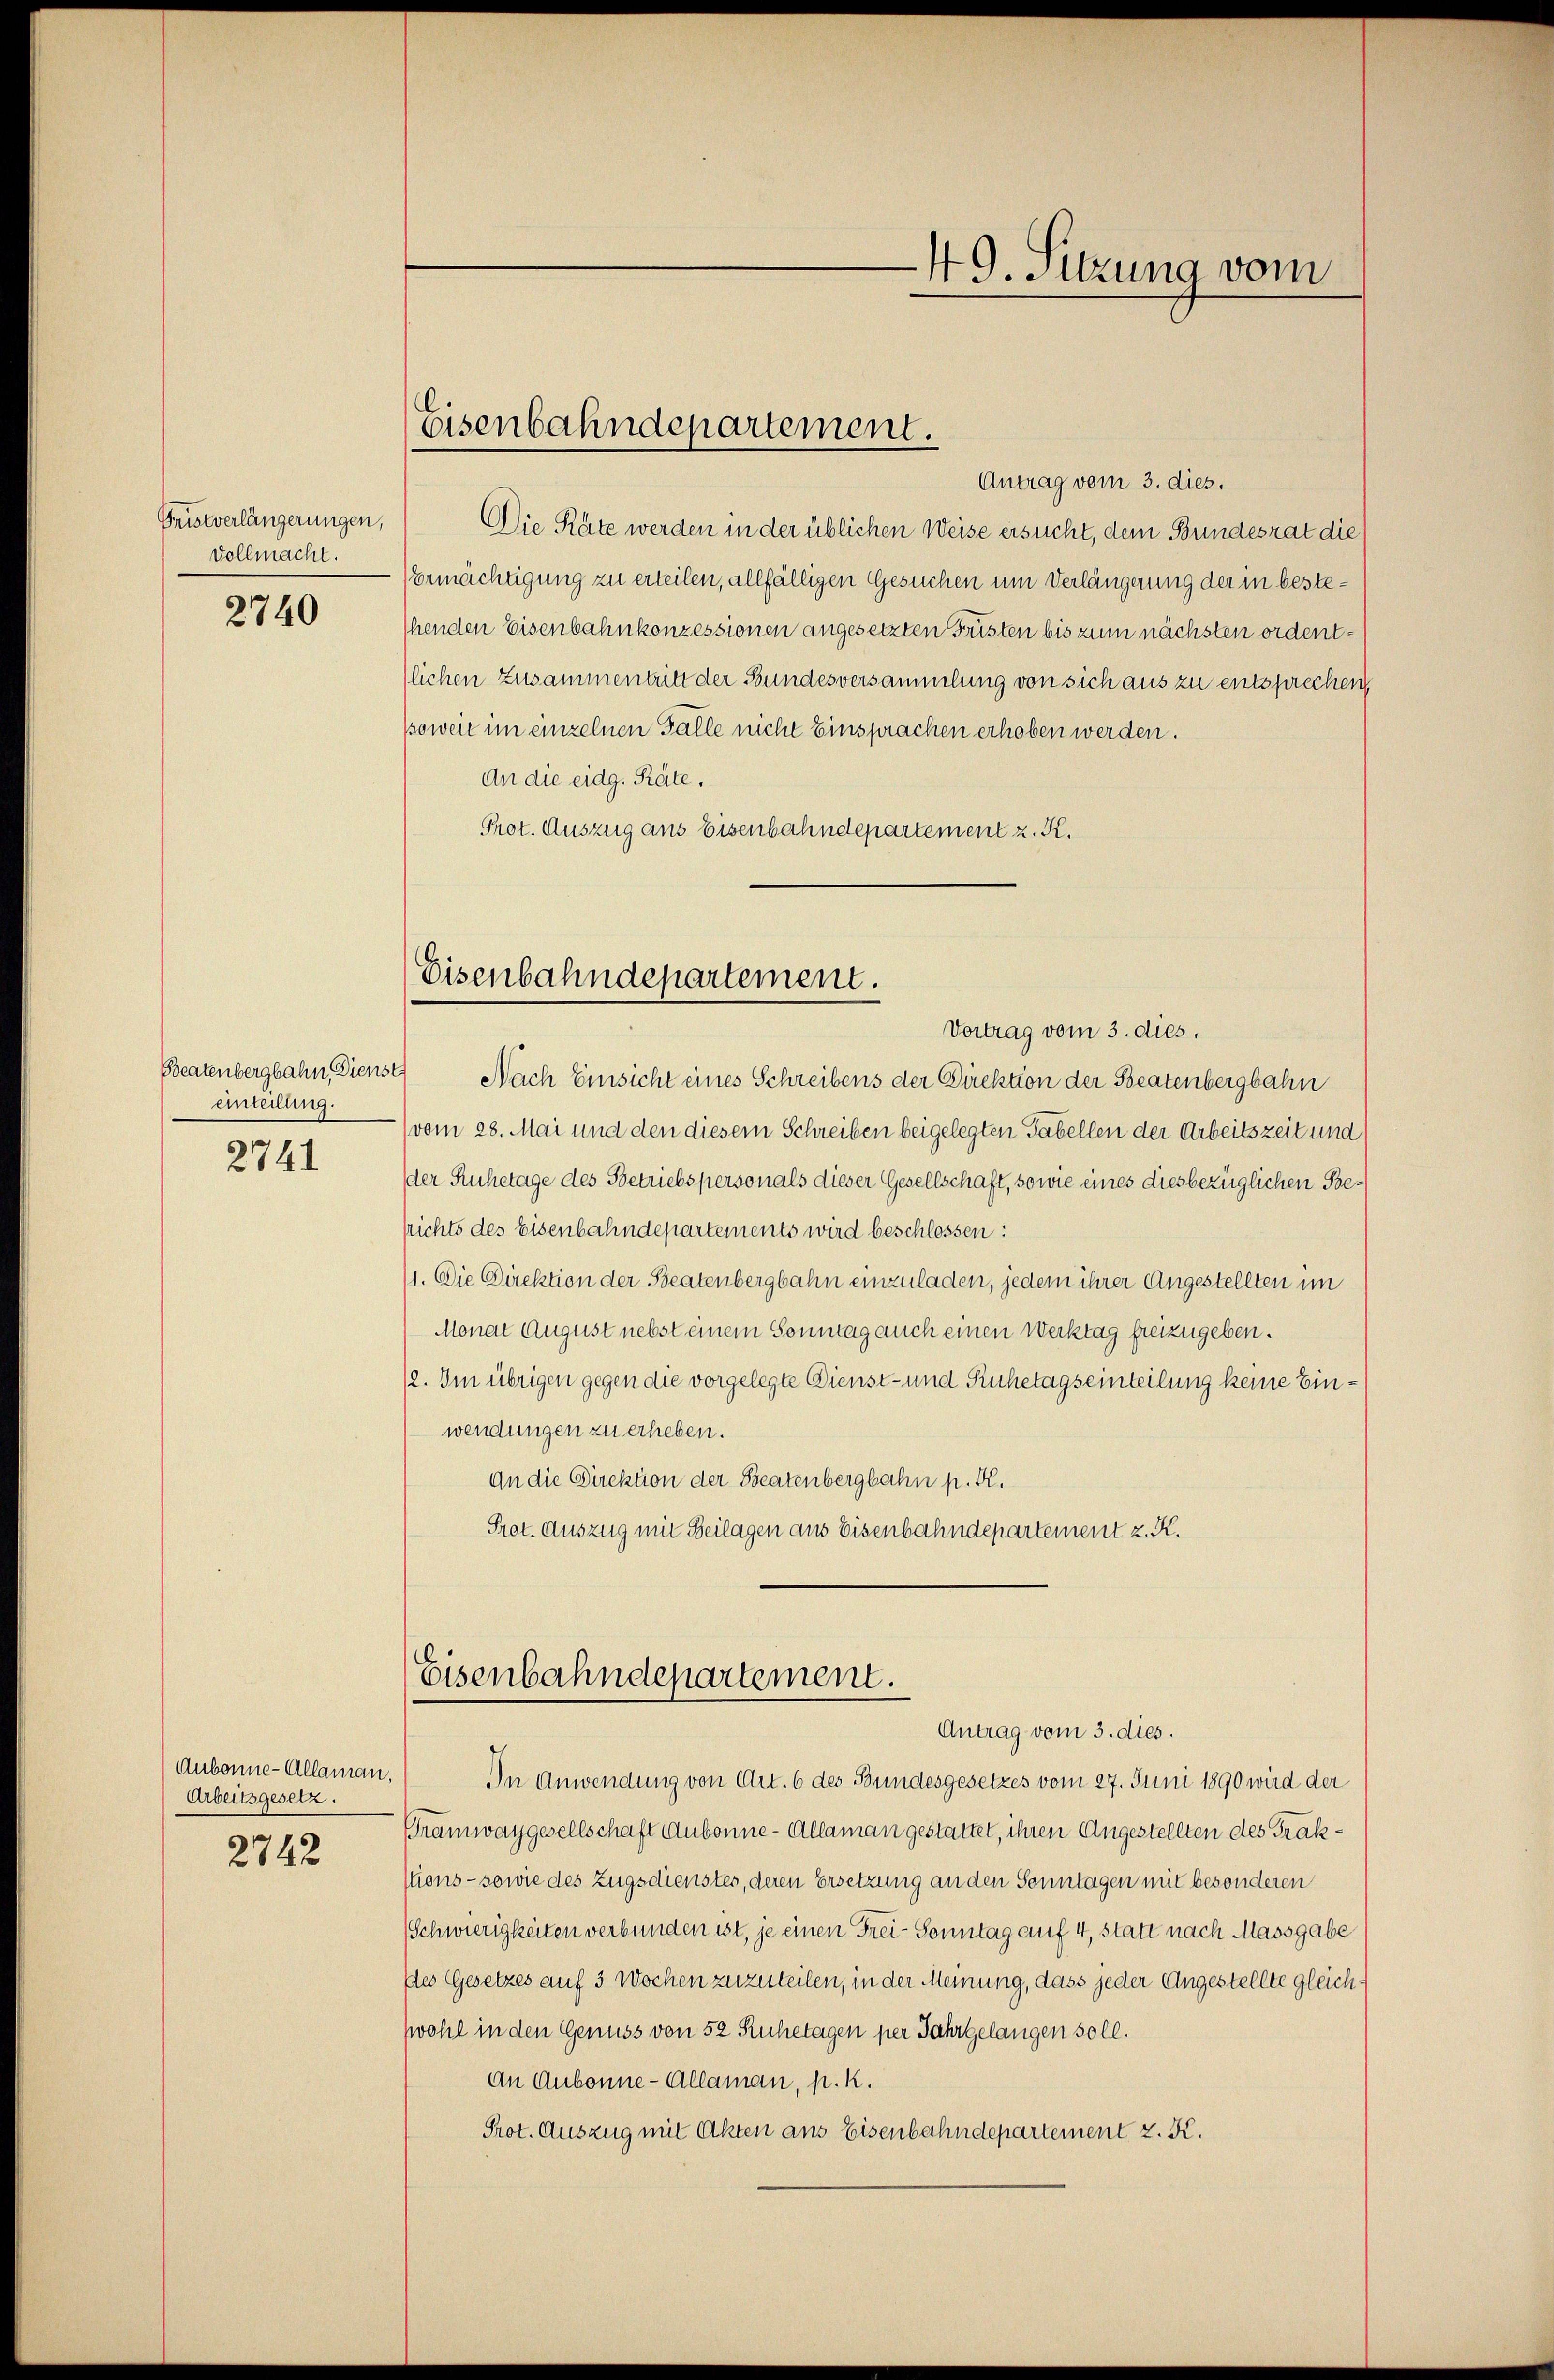
Fristverlängerungen,
Vollmacht.
2740

einteilung.
2741

Arbeitsgesetz.
2742

49. Sitzung vom

Eisenbahndepartement.
Antrag vom 3. dies.

Die Räte werden in der üblichen Weise ersucht, dem Bundesrat die
Ermächtigung zu erteilen, allfälligen Gesuchen um Verlängerung der in bestehenden Eisenbahnkonzessionen angesetzten Fristen bis zum nächsten ordentlichen Zusammentritt der Bundesversammlung von sich aus zu entsprechen,
ssoweit im einzelnen Fälle nicht Einsprachen erhoben werden.
An die eidg. Räte.
Prot. Auszug aus Eisenbahndepartement z. K.

Eisenbahndepartement.
Vortrag vom 3. dies.

Beatenbergbahn, Dienst Nach Einsicht eines Schreibens der Direktion der Beatenbergbahn
vom 28. Mai und den diesem Schreiben beigelegten Gabellen der Arbeitszeit und
der Ruhetage des Betriebspersonals dieser Gesellschaft, sowie eines diesbezüglichen Besrichts des Eisenbahndepartements wird beschlossen:
71. Die Direktion der Beatenbergbahn einzuladen, jedem ihrer Angestellten im
Monat August nebst einem Sonntag auch einen Werktag freizugeben.
72. Im übrigen gegen die vorgelegte Dienst- und Ruhetagseinteilung keine Einwendungen zu erheben.
An die Direktion der Beatenbergbahn p. R.
Prot. Auszug mit Beilagen aus Eisenbahndepartement z. K.

Eisenbahndepartement.
Antrag vom 3. dies.

Aubonne-Allaman, In Anwendung von Art. 6 des Bundesgesetzes vom 27. Juni 1890 wird der
Gramwaygesellschaft Aubonne - Allaman gestattet, ihren Angestellten des Trakstions - sowie des Zugsdienstes, deren Ersetzung an den Sonntagen mit besonderen
Schwierigkeiten verbunden ist, je einen Frei- Sonntag auf 4, statt nach Massgabe
Des Gesetzes auf 3 Wochen zuzuteilen, in der Meinung, dass jeder Angestellte gleichzwohl in den Genuss von 52 Ruhetagen per Jahrgelangen soll.
An Aubonne-Allaman, p. k.
Prot. Auszug mit Akten aus Eisenbahndepartement z. K.